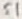
Text: S1